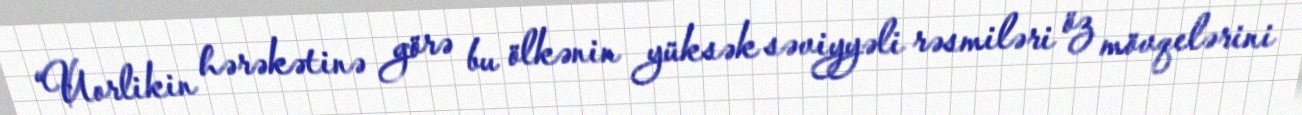
“Uorlikin hərəkətinə görə bu ölkənin yüksək səviyyəli rəsmiləri öz mövqelərini